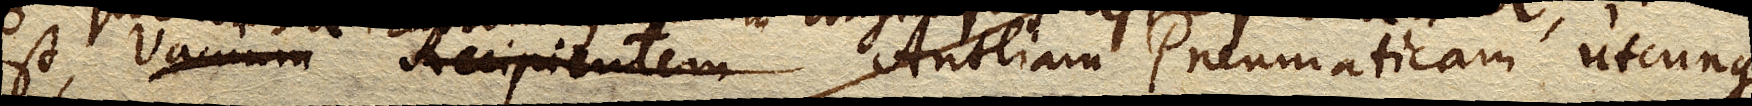
est, vacuum Recipientem Antliam Pneumaticam utcunque